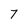
Character: 7